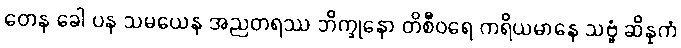
တေန ခေါ ပန သမယေန အညတရဿ ဘိက္ခုနော တိစီဝရေ ကရိယမာနေ သဗ္ဗံ ဆိန္နကံ